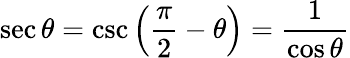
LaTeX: \sec\theta=\csc\left({\frac{\pi}{2}}-\theta\right)={\frac{1}{\cos\theta}}